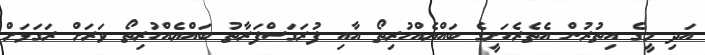
އަދި މީގެ އިތުރުން އެތެރެހަށީގެ ބައްޔެއްހުރިތޯ އާއި ފުރަގަސްފަރާތު ބައްޔެއްހުރިތޯ ވަރަށް ރަގަޅަށް